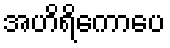
အဟိရိကောပေ